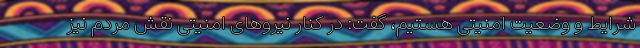
شرایط و وضعیت امنیتی هستیم، گفت: در کنار نیروهای امنیتی نقش مردم نیز